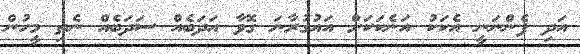
އަދި ފެންނަނީ އެކަކު އަނެކަކަށް އައުގުރާނަ ގޮވާ އަދަބެއް ސަދަބެއް ނެތި މީހުން